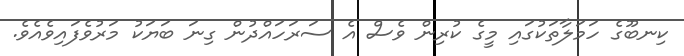
ކިނބޫގެ ހަމަލާތަކުގައި މީގެ ކުރިން ވެސް އެ ސަރަހައްދުން ގިނަ ބަޔަކު މަރުވެފައިވެއެވެ.